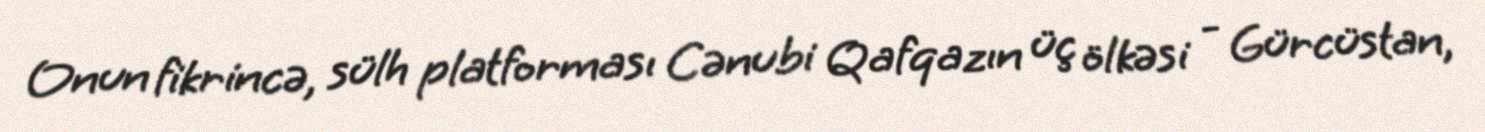
Onun fikrincə, sülh platforması Cənubi Qafqazın üç ölkəsi - Gürcüstan,